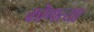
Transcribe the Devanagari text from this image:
कॊणत्या